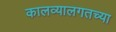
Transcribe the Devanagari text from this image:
कालव्यालगतच्या